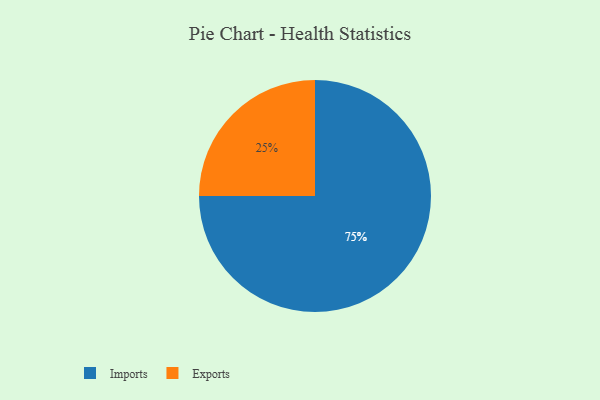
{"axis": {"x": "Category", "y": "Percentage"}, "legend": ["Exports", "Imports"], "data": [{"x": "Exports", "y": 25, "type": "Exports"}, {"x": "Imports", "y": 75, "type": "Imports"}]}